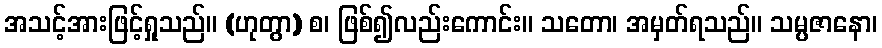
အသင့်အားဖြင့်ရှုသည်။ (ဟုတွာ) စ၊ ဖြစ်၍လည်းကောင်း။ သတော၊ အမှတ်ရသည်။ သမ္ပဇာနော၊